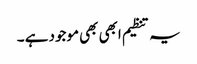
یہ تنظیم ابھی بھی موجود ہے ۔